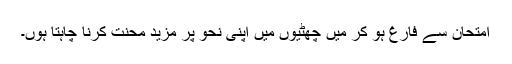
امتحان سے فارغ ہو کر میں چھٹیوں میں اپنی نحو پر مزید محنت کرنا چاہتا ہوں۔